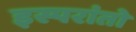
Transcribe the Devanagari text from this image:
इस्परांतो